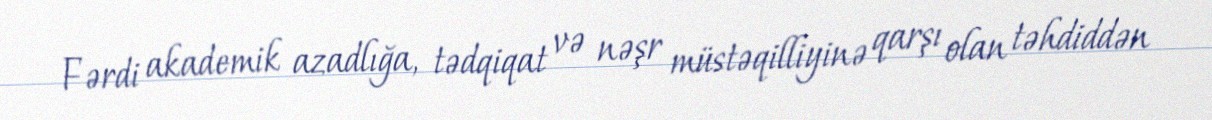
Fərdi akademik azadlığa, tədqiqat və nəşr müstəqilliyinə qarşı olan təhdiddən